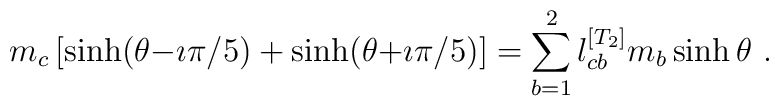
m_c\left[\sinh(\theta{-}\imath\pi/5)+\sinh(\theta{+}\imath\pi/5)\right]=\sum_{b=1}^2l_{cb}^{[T_2]}m_b\sinh\theta~.